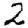
Digit: 2